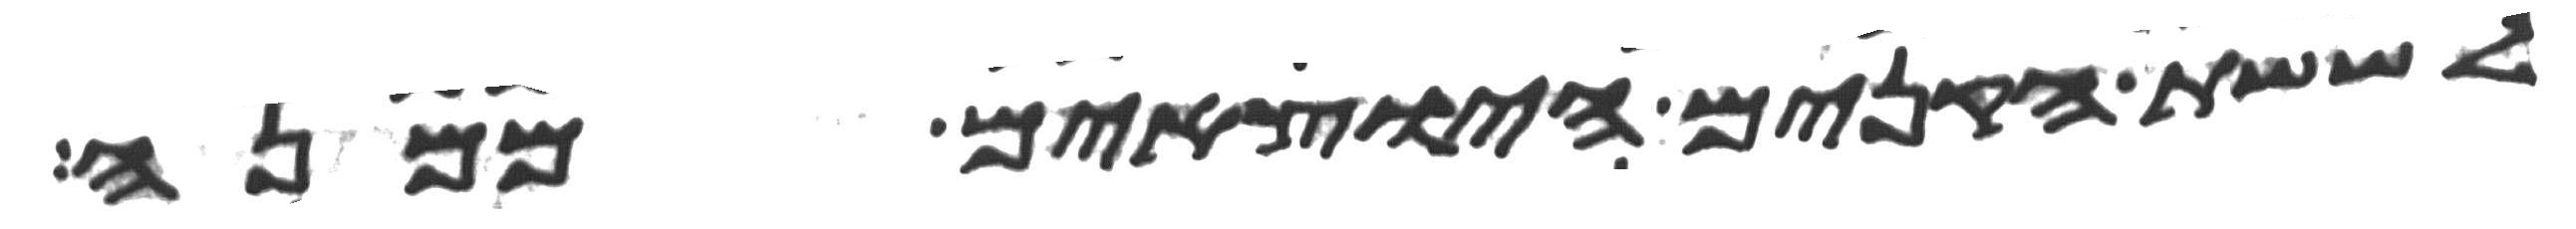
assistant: לששת הקנים היצאים ממנה